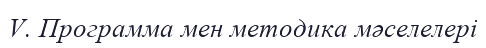
V. Программа мен методика мәселелері